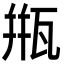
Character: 甁